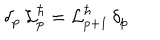
\delta _ { p } \, { \cal L } _ { p } ^ { \hbar } = { \cal L } _ { p + 1 } ^ { \hbar } \, \delta _ { p }